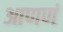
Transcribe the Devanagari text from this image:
आणणं